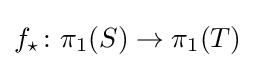
f_{\star }\colon \pi _{1}(S)\rightarrow \pi _{1}(T)